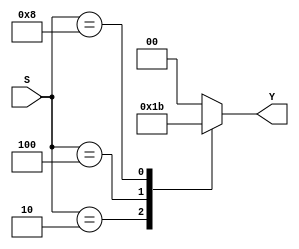
`timescale 1ns / 1ps
//////////////////////////////////////////////////////////////////////////////////
// Company: 
// Engineer: 
// 
// Design Name: 
// Module Name: encoder
// Project Name: 
// Target Devices: 
// Tool Versions: 
// Description: 
// 
// Dependencies: 
// 
// Revision:
// Revision 0.01 - File Created
// Additional Comments:
// 
//////////////////////////////////////////////////////////////////////////////////


module encoder(Y,S);
output reg [1:0]Y;
input [3:0]S;
always @ *begin
case (S)
 4'b0001: Y=2'b00;
 4'b0010: Y=2'b01;
 4'b0100: Y=2'b10;
 4'b1000: Y=2'b11;
default: Y=2'b00;
endcase
end


endmodule